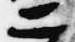
二